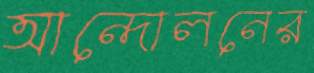
আন্দোলনের